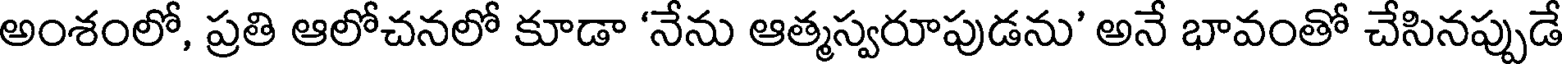
అంశంలో, ప్రతి ఆలోచనలో కూడా 'నేను ఆత్మస్వరూపుడను' అనే భావంతో చేసినప్పుడే